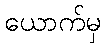
ယောက်မှ